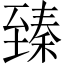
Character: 臻